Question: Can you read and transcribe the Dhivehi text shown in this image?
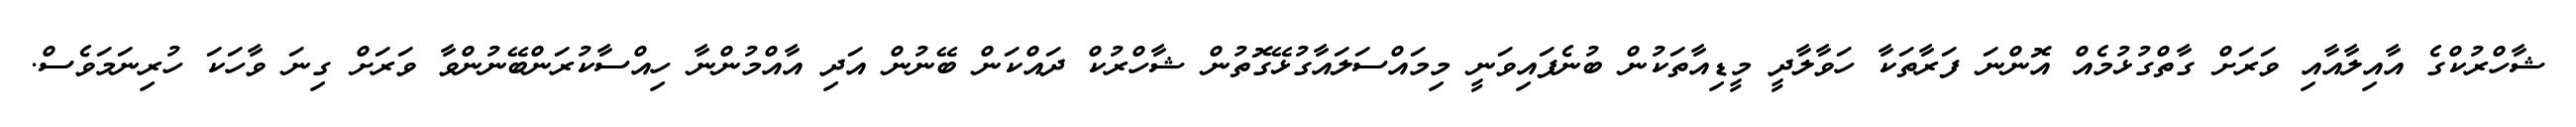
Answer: ޝާހްރުކްގެ އާއިލާއާއި ވަރަށް ގާތްގުޅުމެއް އޮންނަ ފަރާތަކާ ހަވާލާދީ މީޑިއާތަކުން ބުނެފައިވަނީ މިމައްސަލައާގުޅޭގޮތުން ޝާހްރުކް ދައްކަން ބޭނުން އަދި އާއްމުންނާ ހިއްސާކުރަންބޭނުންވާ ވަރަށް ގިނަ ވާހަކަ ހުރިނަމަވެސް.